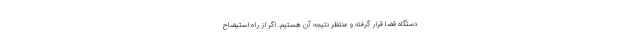
دستگاه قضا قرار گرفته و منتظر نتیجه آن هستیم. اگر از راه استیضاح